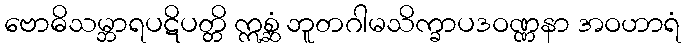
ဗောဓိသမ္ဘာရပဋိပတ္တိ ဣစ္ဆံ ဘူတဂါမသိက္ခာပဒဝဏ္ဏနာ အဝဟာရံ